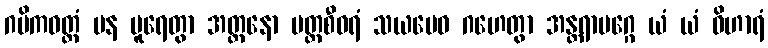
ဂမိကဝတ္တံ ပန ပူရေတွာ အတ္တနော ပတ္တစီဝရံ သယမေဝ ဂဟေတွာ အန္တရာမဂ္ဂေ ယံ ယံ ဝိဟာရံ